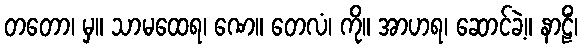
တတော၊ မှ။ သာမထေရ၊ ဏေ။ တေလံ၊ ကို။ အာဟရ၊ ဆောင်ခဲ့။ နာဠိံ၊